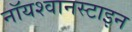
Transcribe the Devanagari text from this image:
नॉयश्वानस्टाइन